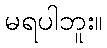
မရပါဘူး။